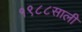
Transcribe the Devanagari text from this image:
१९८८साली